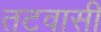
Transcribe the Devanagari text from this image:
तटवासी